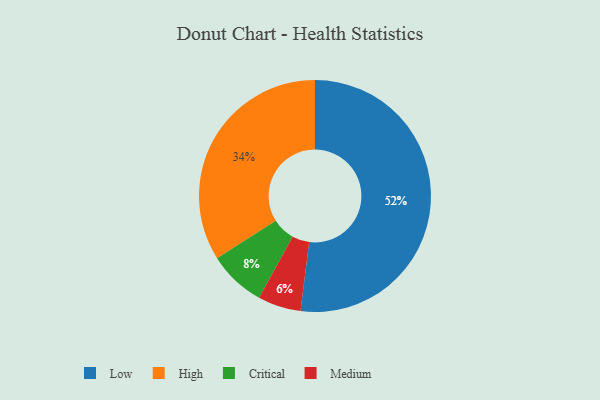
{"axis": {"x": "Category", "y": "Percentage"}, "legend": ["Critical", "High", "Low", "Medium"], "data": [{"x": "Low", "y": 52, "type": "Low"}, {"x": "Critical", "y": 8, "type": "Critical"}, {"x": "High", "y": 34, "type": "High"}, {"x": "Medium", "y": 6, "type": "Medium"}]}